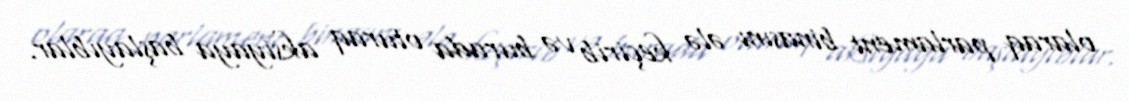
olaraq parlament binasını ələ keçirib və burada oturaq aksiyaya başlayıblar.